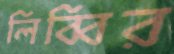
লিব্বির